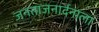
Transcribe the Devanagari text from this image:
जनताजनार्दनाला